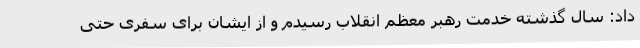
داد: سال گذشته خدمت رهبر معظم انقلاب رسیدم و از ایشان برای سفری حتی